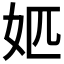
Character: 𡛘